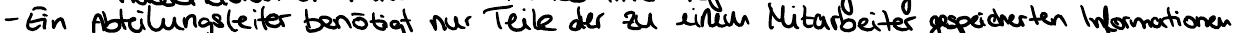
- Ein Abteilungsleiter benötigt nur Teile der zu einem Mitarbeiter gespeicherten Informationen